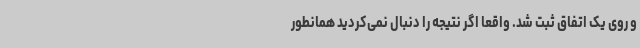
و روی یک اتفاق ثبت شد. واقعا اگر نتیجه را دنبال نمی‌کردید همانطور